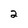
Character: 2